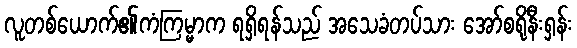
လူတစ်ယောက်၏ကံကြမ္မာက ရရှိရန်သည် အသေခံတပ်သား အော်စရိုနီးရှန်း